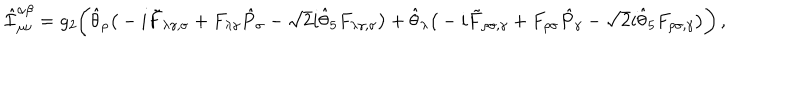
LaTeX: \hat { \cal I } _ { \mu \nu } ^ { \alpha \beta } = { \it g _ { 2 } } \bigg ( \hat { \theta } _ { \rho } \big ( - i \tilde { F } _ { \lambda \gamma , \sigma } + F _ { \lambda \gamma } \hat { P } _ { \sigma } - { \sqrt 2 } i \hat { \theta } _ { 5 } F _ { \lambda \gamma , \sigma } \big ) + \hat { \theta } _ { \lambda } \big ( - i \tilde { F } _ { \rho \sigma , \gamma } + F _ { \rho \sigma } \hat { P } _ { \gamma } - { \sqrt 2 } i \hat { \theta } _ { 5 } F _ { \rho \sigma , \gamma } \big ) \bigg ) \, ,